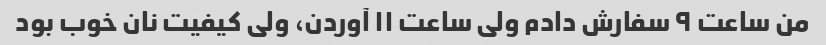
من ساعت ۹ سفارش دادم ولی ساعت ۱۱ آوردن، ولی کیفیت نان خوب بود